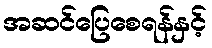
အဆင်ပြေစေရန်နှင့်